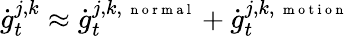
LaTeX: \dot{g}_{t}^{j,k}\approx\dot{g}_{t}^{j,k,\mathrm{~\scriptsize~n~o~r~m~a~l~}}+\dot{g}_{t}^{j,k,\mathrm{~\scriptsize~m~o~t~i~o~n~}}